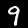
Digit: 9